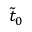
\tilde { t } _ { 0 }